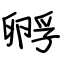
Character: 孵